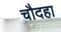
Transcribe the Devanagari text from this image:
चौदहा